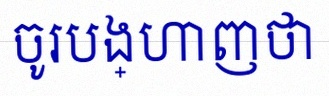
ចូរបង្ហាញថា